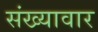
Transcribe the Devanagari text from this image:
संख्यावार